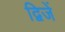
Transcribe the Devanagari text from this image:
द्विजें